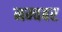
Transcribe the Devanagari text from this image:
नम्वबर